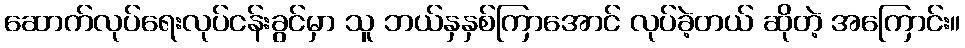
ဆောက်လုပ်ရေးလုပ်ငန်းခွင်မှာ သူ ဘယ်နှနှစ်ကြာအောင် လုပ်ခဲ့တယ် ဆိုတဲ့ အကြောင်း။